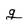
Character: g